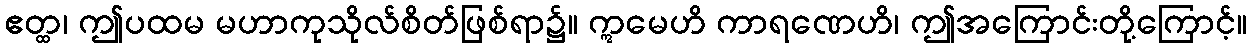
ဧတ္ထ၊ ဤပထမ မဟာကုသိုလ်စိတ်ဖြစ်ရာ၌။ ဣမေဟိ ကာရဏေဟိ၊ ဤအကြောင်းတို့ကြောင့်။